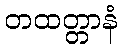
တထတ္တာနံ